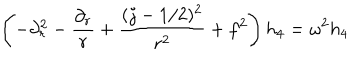
\left( - \partial _ { r } ^ { 2 } - { \frac { \partial _ { r } } { r } } + { \frac { ( j - 1 / 2 ) ^ { 2 } } { r ^ { 2 } } } + f ^ { 2 } \right) h _ { 4 } = \omega ^ { 2 } h _ { 4 }